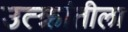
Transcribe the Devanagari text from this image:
उत्क्रांतीला